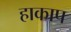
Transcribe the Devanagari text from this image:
हाकाप